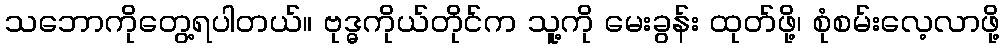
သဘောကိုတွေ့ရပါတယ်။ ဗုဒ္ဓကိုယ်တိုင်က သူ့ကို မေးခွန်း ထုတ်ဖို့၊ စုံစမ်းလေ့လာဖို့